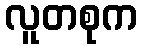
လူတစုက